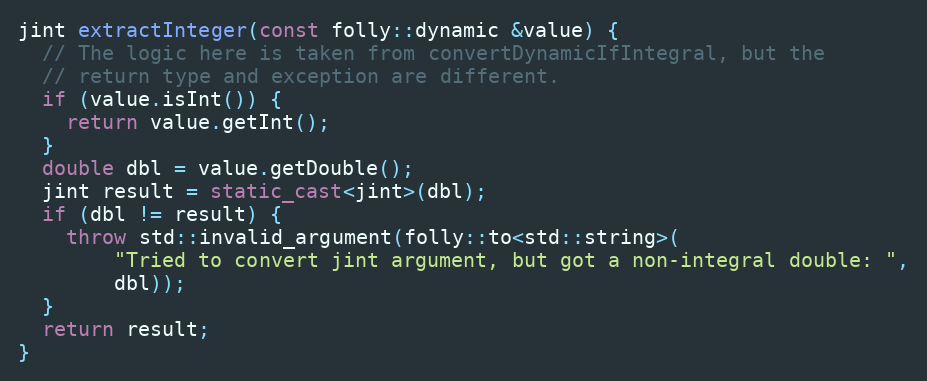
Language: C++
jint extractInteger(const folly::dynamic &value) {
  // The logic here is taken from convertDynamicIfIntegral, but the
  // return type and exception are different.
  if (value.isInt()) {
    return value.getInt();
  }
  double dbl = value.getDouble();
  jint result = static_cast<jint>(dbl);
  if (dbl != result) {
    throw std::invalid_argument(folly::to<std::string>(
        "Tried to convert jint argument, but got a non-integral double: ",
        dbl));
  }
  return result;
}